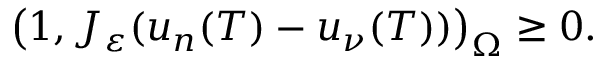
\left( 1 , J _ { \varepsilon } ( u _ { n } ( T ) - u _ { \nu } ( T ) ) \right) _ { \Omega } \geq 0 .